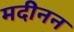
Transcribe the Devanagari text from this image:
मदीनन